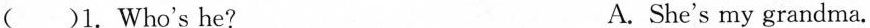
( )1. Who's he? A. She's my grandma.